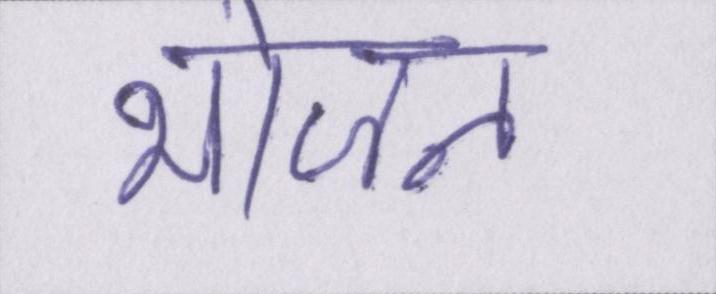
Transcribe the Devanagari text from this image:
भोजन